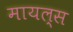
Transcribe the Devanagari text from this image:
मायल्स